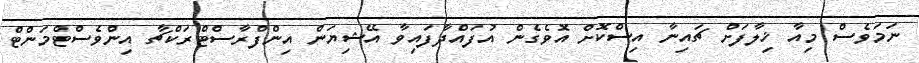
ނަމަވެސް މިއާ ޚިލާފަށް ޗައިނާ އިސްކޮށް އޮވެގެން އުފައްދާފައިވާ އޭޝިޔަން އިންފްރާސްޓްރަކްޗާ އިންވެސްޓްމަންޓް